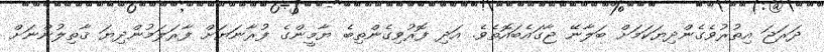
ދަރަޖަ އިތުރުވެގެންދިޔަކަމަށް ބަލާނޭ ޖާގައެބައޮތެވެ. އަދި ފޮރުވިގެންތިބެ ޔާމީންގެ ފުރާނަޔަށް ފާރަލަމުންދިޔަ ޤާތިލުންނަށް